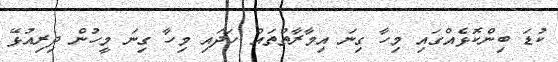
ކުޑަ ބިންކޮޅެއްގައި މިހާ ގިނަ އިމާރާތްތައް ހަދައި މިހާ ގިނަ މީހުން ދިރިއުޅޭ